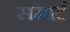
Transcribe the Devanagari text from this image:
समार्ट